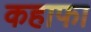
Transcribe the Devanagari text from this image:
कहाफा